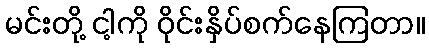
မင်းတို့ ငါ့ကို ဝိုင်းနှိပ်စက်နေကြတာ။